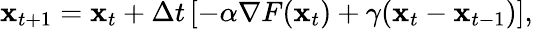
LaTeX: {\mathbf x}_{t+1}={{\mathbf x}_{t}}+\Delta t\left[-\alpha\nabla F({\mathbf x}_{t})+\gamma({\mathbf x}_{t}-{\mathbf x}_{t-1})\right],